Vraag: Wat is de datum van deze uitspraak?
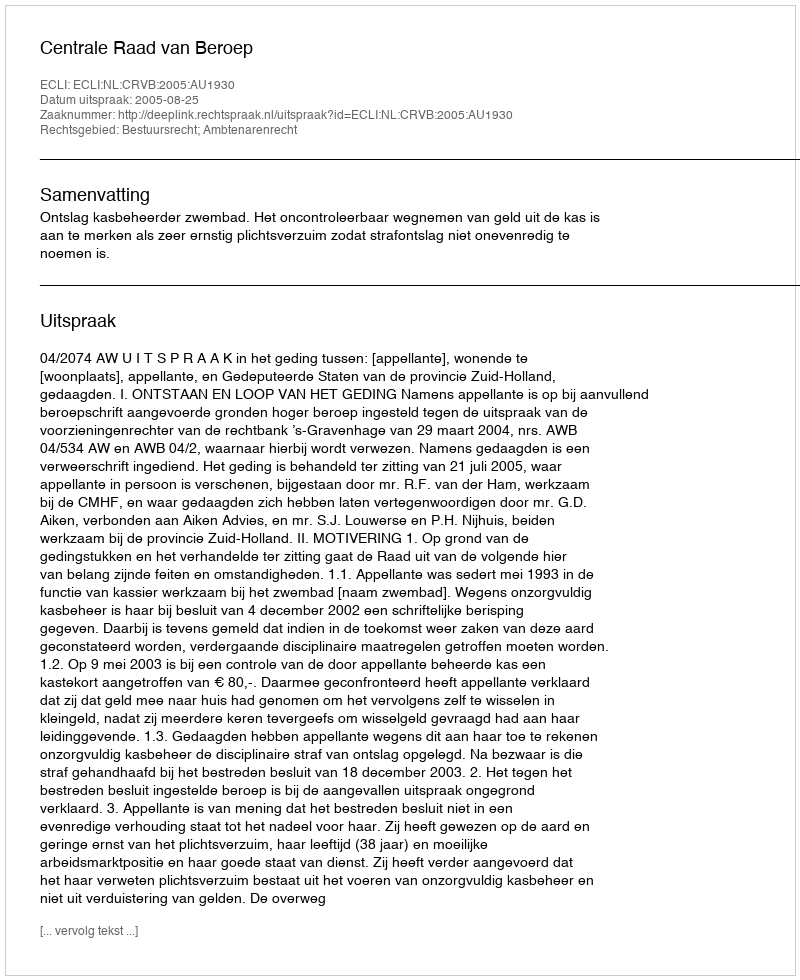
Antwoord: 2005-08-25